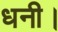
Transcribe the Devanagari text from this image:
धनी।